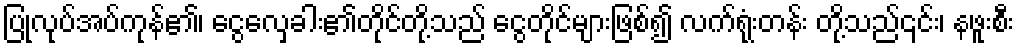
ပြုလုပ်အပ်ကုန်၏၊ ငွေလှေခါး၏တိုင်တို့သည် ငွေတိုင်များဖြစ်၍ လက်ရုံးတန်း တို့သည်၎င်း၊ နဖူးစီး